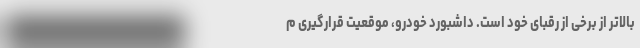
بالاتر از برخی از رقبای خود است. داشبورد خودرو، موقعیت قرارگیری م